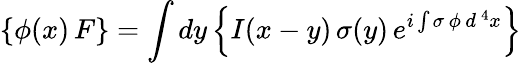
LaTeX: \left\{ \phi(x)\, F\right\} =\int dy\left\{ I(x-y)\, \sigma(y)\, e^{i\int\sigma\, \phi\, d^{\, 4}x}\right\}